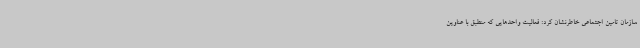
سازمان تامین اجتماعی خاطرنشان کرد: فعالیت واحدهایی که منطبق با عناوین